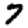
Digit: 7